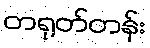
တရုတ်တန်း